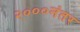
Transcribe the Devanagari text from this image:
२०००नंतर